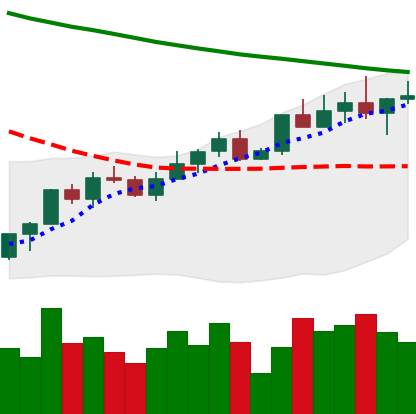
Ticker: LINK-USD
Chart end date: 2022-04-02
Forward return: -9.354%
Label: down_7plus